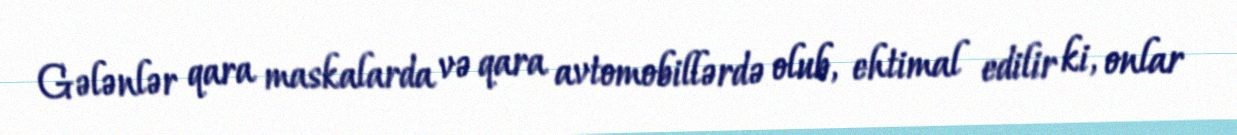
Gələnlər qara maskalarda və qara avtomobillərdə olub, ehtimal edilir ki, onlar